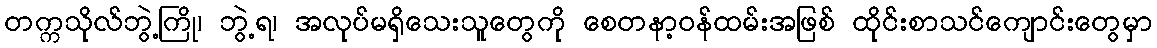
တက္ကသိုလ်ဘွဲ့ကြို၊ ဘွဲ့ရ၊ အလုပ်မရှိသေးသူတွေကို စေတနာ့ဝန်ထမ်းအဖြစ် ထိုင်းစာသင်ကျောင်းတွေမှာ